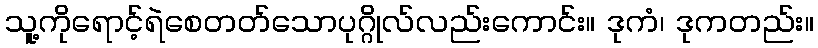
သူ့ကိုရောင့်ရဲစေတတ်သောပုဂ္ဂိုလ်လည်းကောင်း။ ဒုကံ၊ ဒုကတည်း။